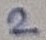
Text: 2